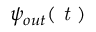
\psi _ { o u t } ( \textit { t } )